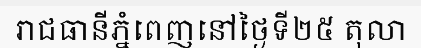
រាជធានីភ្នំពេញនៅថ្ងៃទី២៥ តុលា